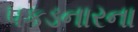
પકડનારના